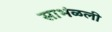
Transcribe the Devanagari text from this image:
साभंळली